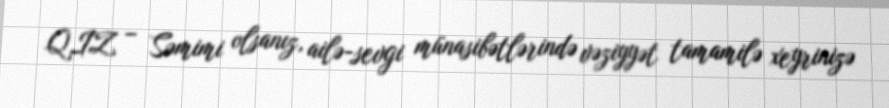
QIZ – Səmimi olsanız, ailə-sevgi münasibətlərində vəziyyət tamamilə xeyrinizə